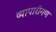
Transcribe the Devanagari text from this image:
व्‍यापारीगण